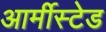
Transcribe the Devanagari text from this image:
आर्मीस्टेड